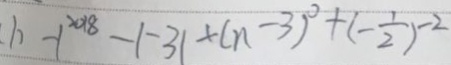
( 1 ) - 1 ^ { 2 0 1 8 } - \vert - 3 \vert + ( n - 3 ) ^ { 0 } + ( - \frac { 1 } { 2 } ) ^ { - 2 }